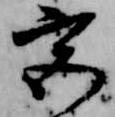
宮